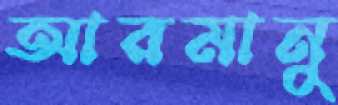
আরমানু